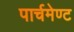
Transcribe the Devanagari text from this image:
पार्चमेण्ट